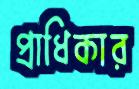
প্রাধিকার